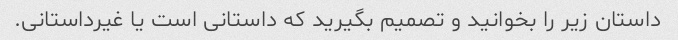
داستان زیر را بخوانید و تصمیم بگیرید که داستانی است یا غیرداستانی.